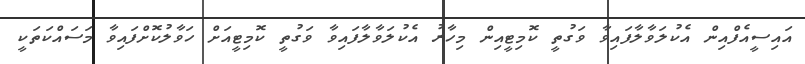
އައިސީއެފްއިން އެކުލަވާލާފައިވާ ވަގުތީ ކޮމިޓީއިން މިހާރު އެކުލަވާލާފައިވާ ވަގުތީ ކޮމިޓީއަށް ހަވާލުކޮށްފައިވާ މަސައްކަތަކީ